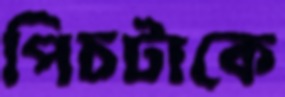
পিচটাকে